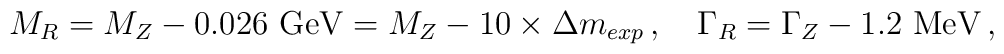
M_R=M_Z-0.026 \ {\rm GeV}=M_Z-10\times \Delta m_{exp}\, ,\quad       \Gamma_R=\Gamma_Z-1.2 \ {\rm MeV} \, ,